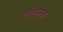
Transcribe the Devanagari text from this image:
स्तेसन